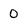
Character: 0